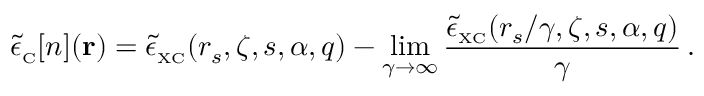
\tilde { \epsilon } _ { \scriptscriptstyle \mathrm { C } } [ n ] ( { \bf r } ) = \tilde { \epsilon } _ { \scriptscriptstyle \mathrm { X C } } ( r _ { s } , \zeta , s , \alpha , q ) - \operatorname* { l i m } _ { \gamma \to \infty } \frac { \tilde { \epsilon } _ { \scriptscriptstyle \mathrm { X C } } ( r _ { s } / \gamma , \zeta , s , \alpha , q ) } { \gamma } \, .